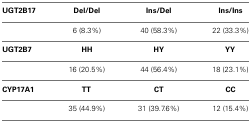
| UGT2B17 | Del/Del | Ins/Del | Ins/Ins |
 | --- | --- | --- | --- |
 |  | 6 (8.3%) | 40 (58.3%) | 22 (33.3%) |
 | UGT2B7 | HH | HY | YY |
 |  | 16 (20.5%) | 44 (56.4%) | 18 (23.1%) |
 | CYP17A1 | TT | CT | CC |
 |  | 35 (44.9%) | 31 (39.7.6%) | 12 (15.4%) |